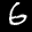
Label: 6